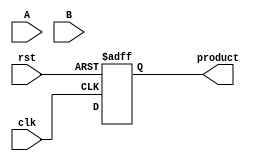
module WallaceTreeMultiplier #(parameter N = 4) (
    input wire clk,
    input wire rst,
    input wire [N-1:0] A,
    input wire [N-1:0] B,
    output reg [2*N-1:0] product
);

    reg [N-1:0] partial_products[N-1:0];
    reg [2*N-1:0] sum_stage [0:N-1];
    reg [N:0] carry_stage [0:N-1];
    integer i, j;

    // Generate partial products
    always @(*) begin
        for (i = 0; i < N; i = i + 1) begin
            partial_products[i] = A & {N{B[i]}};
        end
    end

    // Wallace tree reduction
    always @(posedge clk or posedge rst) begin
        if (rst) begin
            product <= 0;
        end else begin
            // Initialize sum_stage with partial products
            for (i = 0; i < N; i = i + 1) begin
                sum_stage[i] <= {partial_products[i], i'b0}; // Shift partial products
            end
            
            // Reduction stages
            for (i = 0; i < N-1; i = i + 1) begin
                for (j = 0; j < (N + 2) / 3; j = j + 1) begin
                    if (3*j < N) begin
                        carry_stage[j] = sum_stage[3*j][0] + sum_stage[3*j+1][0] + sum_stage[3*j+2][0];
                        sum_stage[j] = {carry_stage[j][N:1], sum_stage[3*j][1] + sum_stage[3*j+1][1] + sum_stage[3*j+2][1]};
                    end
                end
            end

            // Final addition of the last two rows
            product <= sum_stage[0] + sum_stage[1];
        end
    end

endmodule